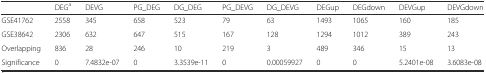
<table><thead><tr><td></td><td><b>DEG<sup>a</sup></b></td><td><b>DEVG</b></td><td><b>PG_DEG</b></td><td><b>DG_DEG</b></td><td><b>PG_DEVG</b></td><td><b>DG_DEVG</b></td><td><b>DEGup</b></td><td><b>DEGdown</b></td><td><b>DEVGup</b></td><td><b>DEVGdown</b></td></tr></thead><tbody><tr><td>GSE41762</td><td>2558</td><td>345</td><td>658</td><td>523</td><td>79</td><td>63</td><td>1493</td><td>1065</td><td>160</td><td>185</td></tr><tr><td>GSE38642</td><td>2306</td><td>632</td><td>647</td><td>515</td><td>167</td><td>128</td><td>1294</td><td>1012</td><td>389</td><td>243</td></tr><tr><td>Overlapping</td><td>836</td><td>28</td><td>246</td><td>10</td><td>219</td><td>3</td><td>489</td><td>346</td><td>15</td><td>13</td></tr><tr><td>Significance</td><td>0</td><td>7.4832e-07</td><td>0</td><td>3.3539e-11</td><td>0</td><td>0.00059927</td><td>0</td><td>0</td><td>5.2401e-08</td><td>3.6083e-08</td></tr></tbody></table>